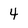
Character: 4